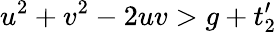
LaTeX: u^{2}+v^{2}-2uv>g+t_{2}^{\prime}